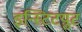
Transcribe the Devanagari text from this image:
इन्स्टिटय़ुट